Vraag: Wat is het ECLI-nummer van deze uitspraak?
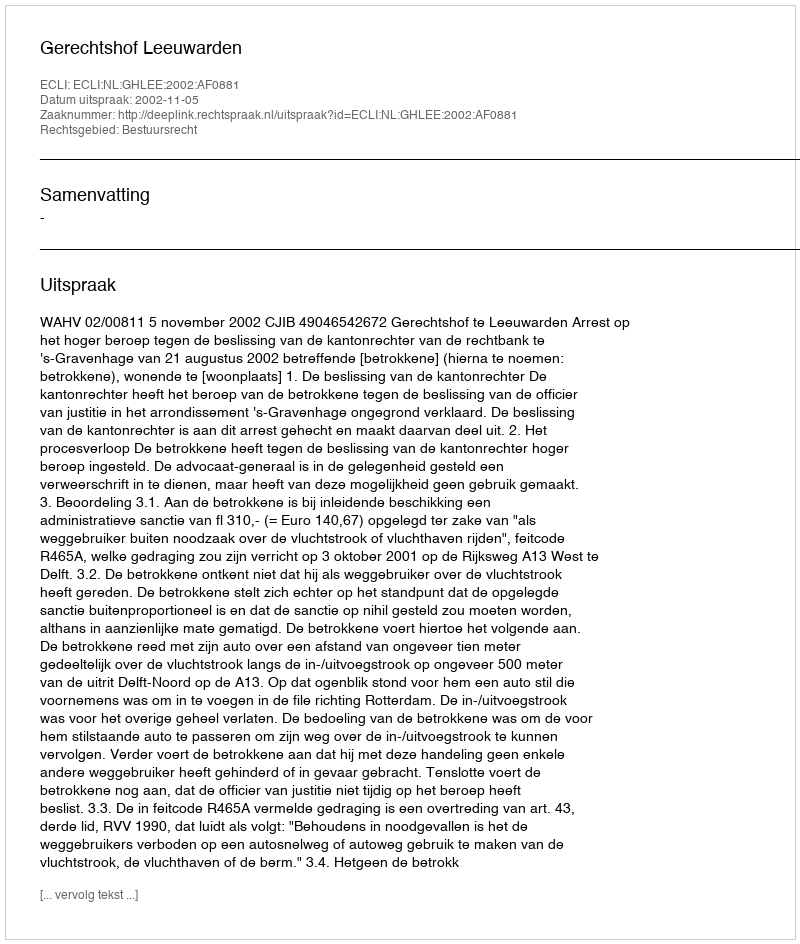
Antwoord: ECLI:NL:GHLEE:2002:AF0881